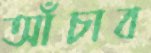
আঁচাব